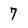
Character: 7